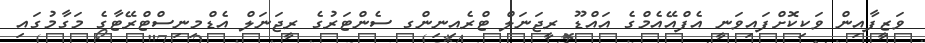
ވަޒީފާއިން ވަކިކޮށްފައިވަނީ އެފްއޭއެމްގެ އައްޑޫ ރީޖަނަލް ޓްރެއިނިންގ ސެންޓަރުގެ ރީޖަނަލް އެޑްމިނިސްޓްރޭޓާގެ މަގާމުގައި